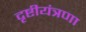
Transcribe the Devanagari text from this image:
दृष्टीयंत्रणा